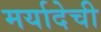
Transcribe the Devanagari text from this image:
मर्यादेची